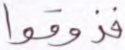
فذوقوا